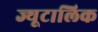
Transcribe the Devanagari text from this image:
ज्यूटालिक